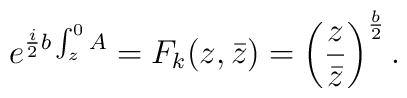
e^{{i\over2}b\int_z^0A}=F_k(z,\bar z)=\left({z\over\bar z}\right)^{b\over2}.